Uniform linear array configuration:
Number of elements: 32
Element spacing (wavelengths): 0.75
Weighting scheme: blackman
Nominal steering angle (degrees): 15
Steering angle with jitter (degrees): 13.016
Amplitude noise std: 0.05
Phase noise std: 0.05

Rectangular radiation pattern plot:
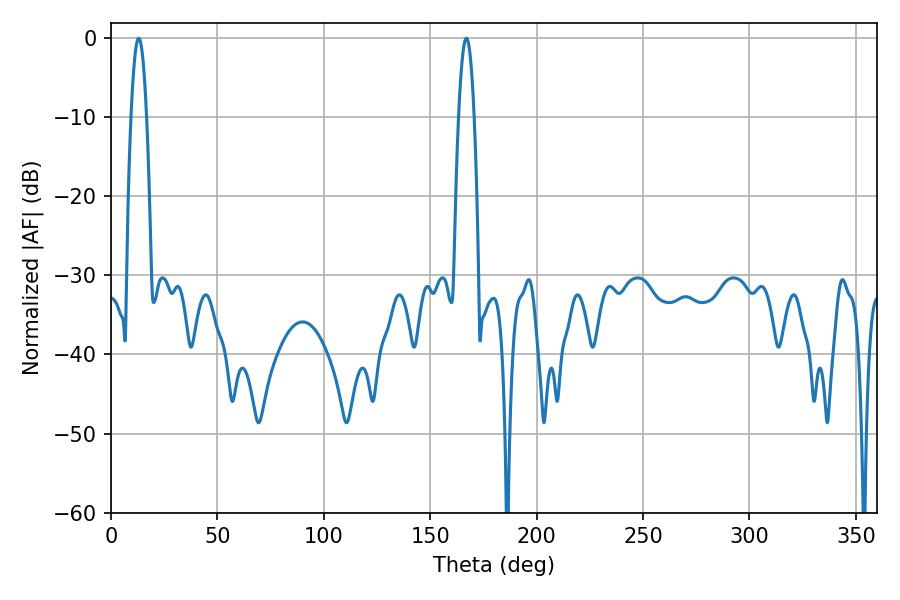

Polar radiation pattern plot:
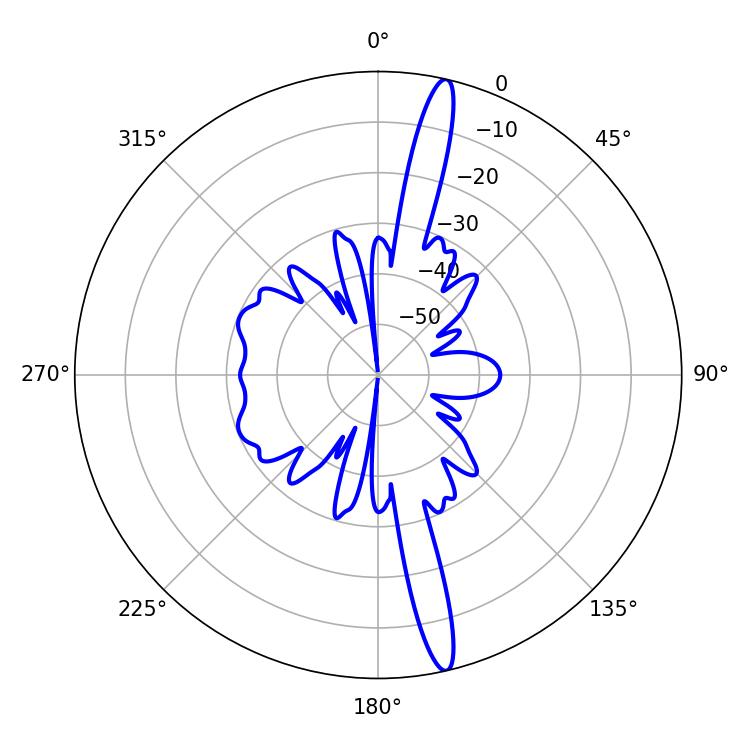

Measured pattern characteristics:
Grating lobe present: TRUE
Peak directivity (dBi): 17.733
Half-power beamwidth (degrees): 3.96
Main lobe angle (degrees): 12.96